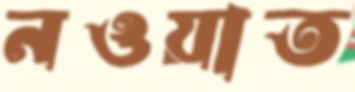
নওয়াত